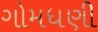
ગોમધણી